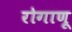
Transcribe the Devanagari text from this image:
रोगाणू